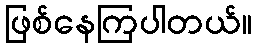
ဖြစ်နေကြပါတယ်။